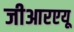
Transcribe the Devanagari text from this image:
जीआरएयू